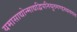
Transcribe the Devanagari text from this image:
यमासाद्योन्माद्यद्विपनियुतगण्डस्थलगल